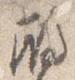
殿